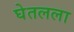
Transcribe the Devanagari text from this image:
घेतलला